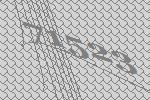
71523